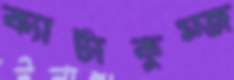
ক্যাটাকুম্জ